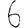
Digit: 6